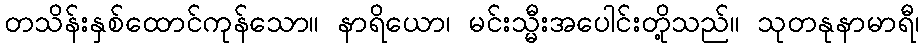
တသိန်းနှစ်ထောင်ကုန်သော။ နာရိယော၊ မင်းသ္မီးအပေါင်းတို့သည်။ သုတနုနာမာရီ၊